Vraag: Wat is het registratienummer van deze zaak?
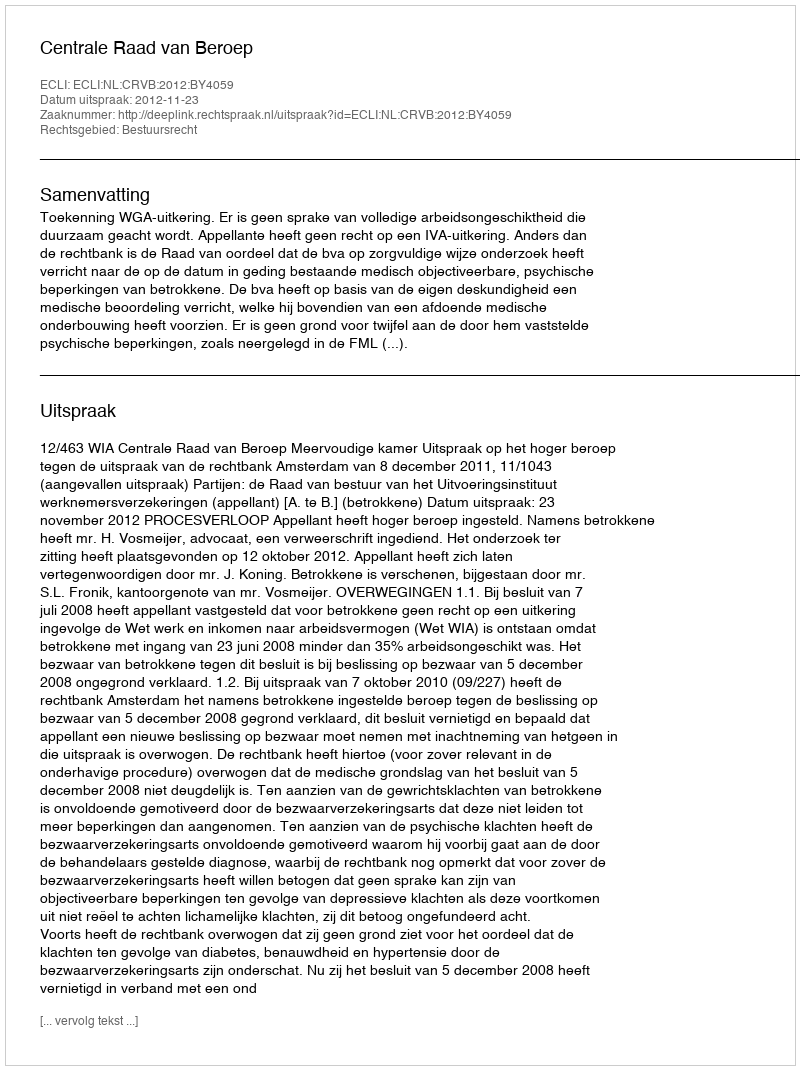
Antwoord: http://deeplink.rechtspraak.nl/uitspraak?id=ECLI:NL:CRVB:2012:BY4059